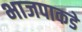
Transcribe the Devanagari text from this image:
भाजपाकडे